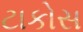
ટાકોસ